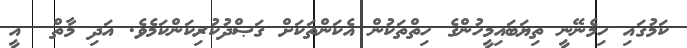
ކަމުގައި ހިމެނޭނީ ތިޔަބައިމީހުންގެ ހިތްތަކުން އެކަންތަކަށް ގަޞްދުކުރިކަންކަމެވެ. އަދި މާތް  އީ